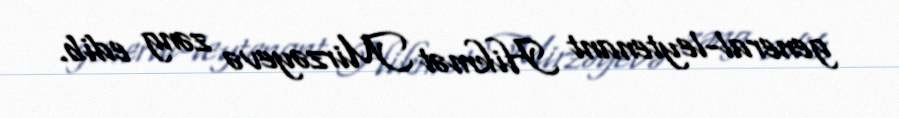
general-leytenant Hikmət Mirzəyevə zəng edib.